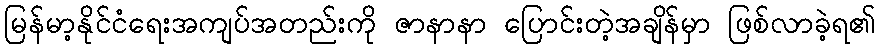
မြန်မာ့နိုင်ငံရေးအကျပ်အတည်းကို ဇာနာနာ ပြောင်းတဲ့အချိန်မှာ ဖြစ်လာခဲ့ရ၏